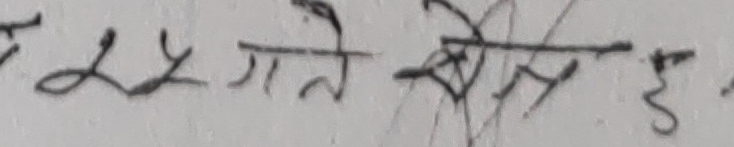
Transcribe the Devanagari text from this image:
लगे ने सेस हैं